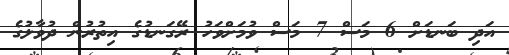
އަދި ބަނޑަށް 6 މަސް 7 މަސް ވުމަށްވަހު ރޭގަނޑުގެ އިތުރުން ދުވާލުގެ